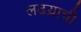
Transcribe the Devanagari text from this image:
लढय़ाची